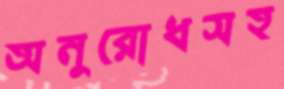
অনুরোধসহ